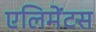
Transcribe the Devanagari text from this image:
एलिमेंटस